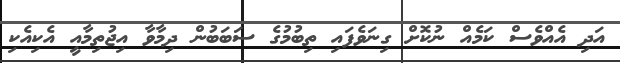
އަދި އެއްވެސް ކަމެއް ނުކޮށް ގިނަވެފައި ތިބުމުގެ ސަބަބުން ދިމާވާ އިޖުތިމާއީ އެކިއެކި